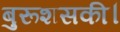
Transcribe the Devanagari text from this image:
बुरूशसकी।